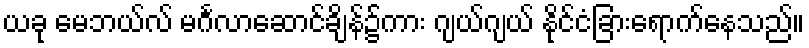
ယခု မေဘယ်လ် မင်္ဂလာဆောင်ချိန်၌ကား ဂျယ်ဂျယ် နိုင်ငံခြားရောက်နေသည်။